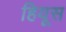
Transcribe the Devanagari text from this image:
हियूस